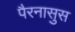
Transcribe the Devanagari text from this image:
पैरनासुस